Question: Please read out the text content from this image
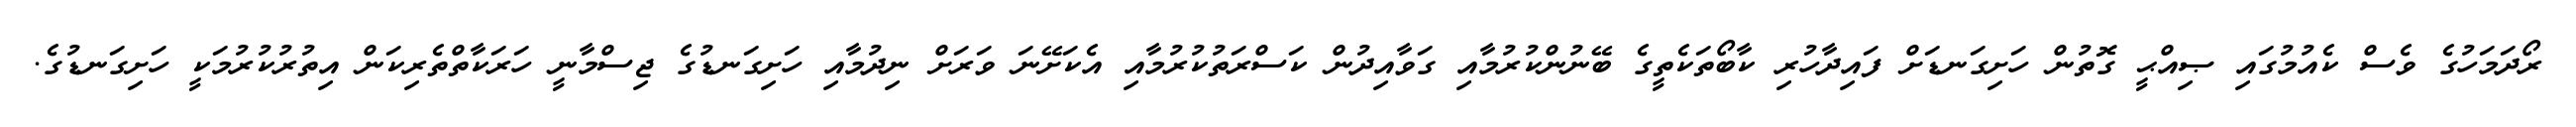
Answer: ރޯދަމަހުގެ ވެސް ކެއުމުގައި ޞިއްޙީ ގޮތުން ހަށިގަނޑަށް ފައިދާހުރި ކާބޯތަކެތީގެ ބޭނުންކުރުމާއި ގަވާއިދުން ކަސްރަތުކުރުމާއި އެކަށޭނަ ވަރަށް ނިދުމާއި ހަށިގަނޑުގެ ޖިސްމާނީ ހަރަކާތްތެރިކަން އިތުރުކުރުމަކީ ހަށިގަނޑުގެ.